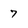
Character: 7